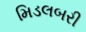
મિડલબરી